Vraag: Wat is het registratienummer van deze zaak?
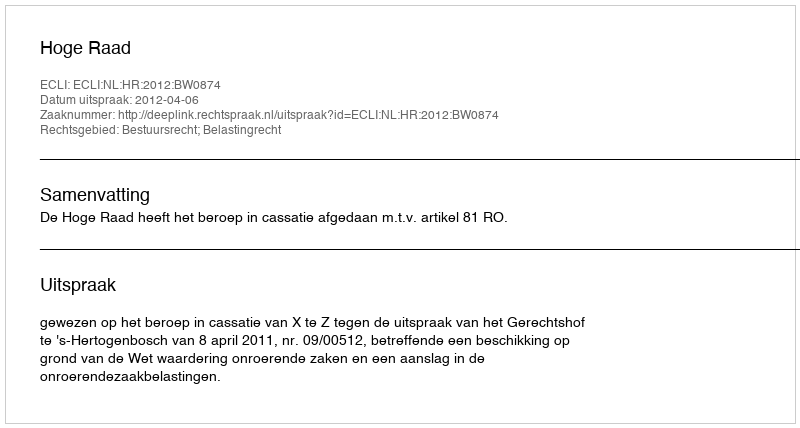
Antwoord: http://deeplink.rechtspraak.nl/uitspraak?id=ECLI:NL:HR:2012:BW0874